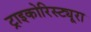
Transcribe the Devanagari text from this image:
ट्राइकोरिस्ट्यूरा